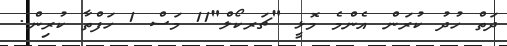
ދަތް ހުދު ކުރަން އެންމެ މޮޅީ "ޗަރކޯލް"11 މަސް 1 ހަފްތާ ކުރިން.